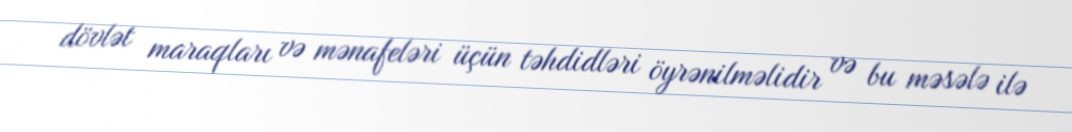
dövlət maraqları və mənafeləri üçün təhdidləri öyrənilməlidir və bu məsələ ilə